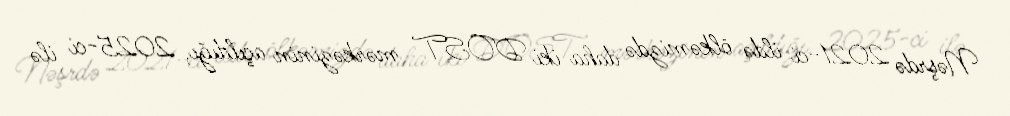
Nəşrdə 2021-ci ildə ölkəmizdə daha iki DOST mərkəzinin açıldığı, 2025-ci ilə